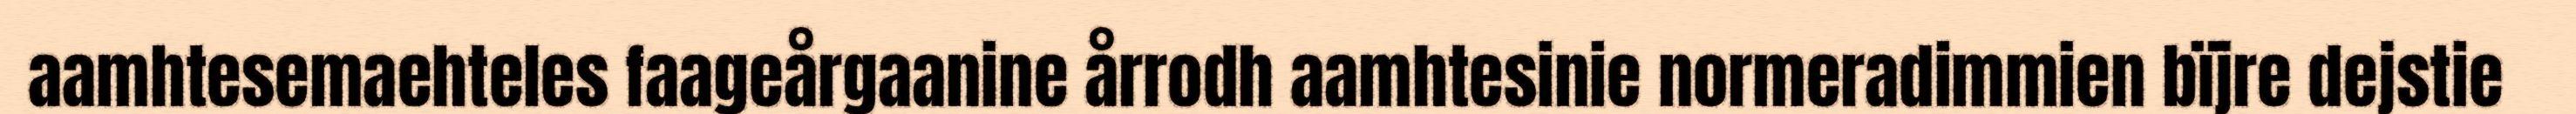
aamhtesemaehteles faageårgaanine årrodh aamhtesinie normeradimmien bïjre dejstie